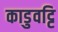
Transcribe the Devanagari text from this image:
काडुवट्टि